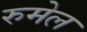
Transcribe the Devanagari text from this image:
रुमेल